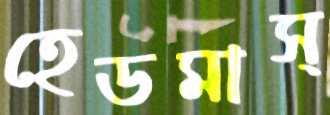
হেডমাস্